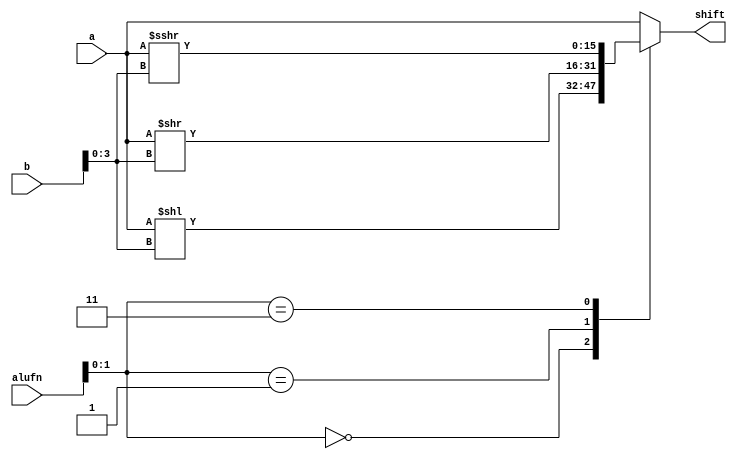
module shifter16b_10 (
    input [5:0] alufn,
    input [15:0] a,
    input [15:0] b,
    output reg [15:0] shift
  );
  
  
  
  always @* begin
    shift = 16'h0000;
    
    case (alufn[0+1-:2])
      2'h0: begin
        shift = a << b[0+3-:4];
      end
      2'h1: begin
        shift = a >> b[0+3-:4];
      end
      2'h3: begin
        shift = $signed(a) >>> b[0+3-:4];
      end
      default: begin
        shift = a;
      end
    endcase
  end
endmodule